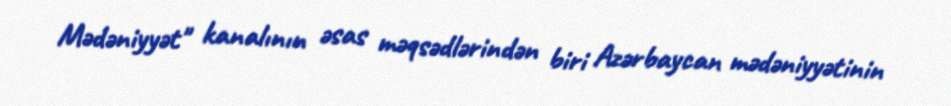
Mədəniyyət" kanalının əsas məqsədlərindən biri Azərbaycan mədəniyyətinin